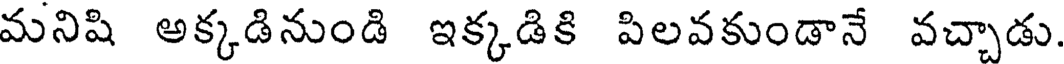
మనిషి అక్కడినుండి ఇక్కడికి పిలవకుండానే వచ్చాడు.